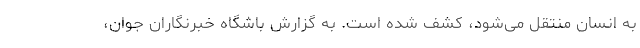
به انسان منتقل می‌شود، کشف شده است. به گزارش باشگاه خبرنگاران جوان،